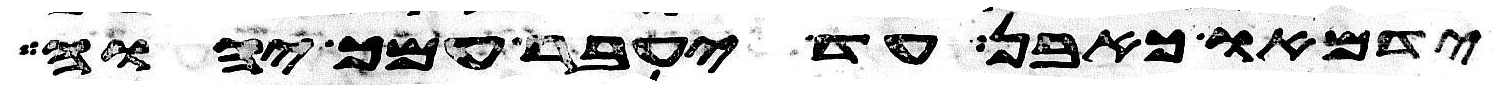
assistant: ידמאו כאבן עד יעבר עמך יהוה